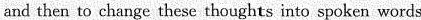
and then to change these thoughts into spoken words